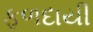
ફળદાયી